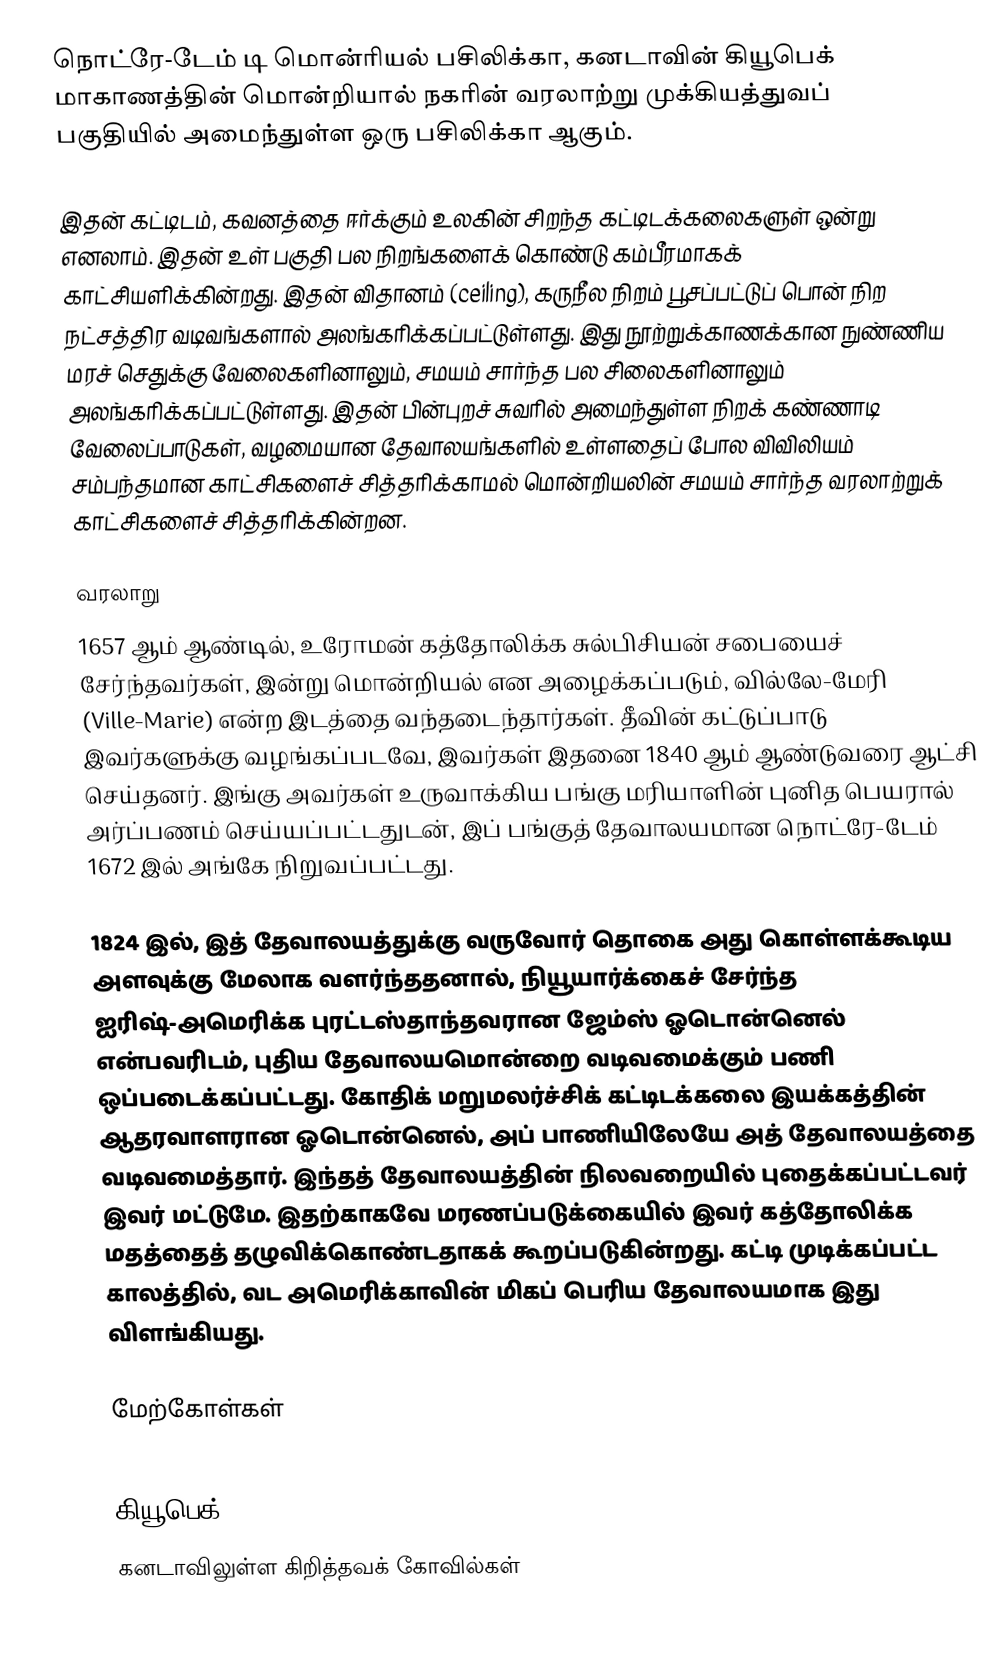
நொட்ரே-டேம் டி மொன்ரியல் பசிலிக்கா, கனடாவின் கியூபெக் மாகாணத்தின் மொன்றியால் நகரின் வரலாற்று முக்கியத்துவப் பகுதியில் அமைந்துள்ள ஒரு பசிலிக்கா ஆகும்.

இதன் கட்டிடம், கவனத்தை ஈர்க்கும் உலகின் சிறந்த கட்டிடக்கலைகளுள் ஒன்று எனலாம். இதன் உள் பகுதி பல நிறங்களைக் கொண்டு கம்பீரமாகக் காட்சியளிக்கின்றது. இதன் விதானம் (ceiling), கருநீல நிறம் பூசப்பட்டுப் பொன் நிற நட்சத்திர வடிவங்களால் அலங்கரிக்கப்பட்டுள்ளது. இது நூற்றுக்காணக்கான நுண்ணிய மரச் செதுக்கு வேலைகளினாலும், சமயம் சார்ந்த பல சிலைகளினாலும் அலங்கரிக்கப்பட்டுள்ளது. இதன் பின்புறச் சுவரில் அமைந்துள்ள நிறக் கண்ணாடி வேலைப்பாடுகள், வழமையான தேவாலயங்களில் உள்ளதைப் போல விவிலியம் சம்பந்தமான காட்சிகளைச் சித்தரிக்காமல் மொன்றியலின் சமயம் சார்ந்த வரலாற்றுக் காட்சிகளைச் சித்தரிக்கின்றன.

வரலாறு
1657 ஆம் ஆண்டில், உரோமன் கத்தோலிக்க சுல்பிசியன் சபையைச் சேர்ந்தவர்கள், இன்று மொன்றியல் என அழைக்கப்படும், வில்லே-மேரி (Ville-Marie) என்ற இடத்தை வந்தடைந்தார்கள். தீவின் கட்டுப்பாடு இவர்களுக்கு வழங்கப்படவே, இவர்கள் இதனை 1840 ஆம் ஆண்டுவரை ஆட்சி செய்தனர். இங்கு அவர்கள் உருவாக்கிய பங்கு மரியாளின் புனித பெயரால் அர்ப்பணம் செய்யப்பட்டதுடன், இப் பங்குத் தேவாலயமான நொட்ரே-டேம் 1672 இல் அங்கே நிறுவப்பட்டது.

1824 இல், இத் தேவாலயத்துக்கு வருவோர் தொகை அது கொள்ளக்கூடிய அளவுக்கு மேலாக வளர்ந்ததனால், நியூயார்க்கைச் சேர்ந்த ஐரிஷ்-அமெரிக்க புரட்டஸ்தாந்தவரான ஜேம்ஸ் ஓடொன்னெல் என்பவரிடம், புதிய தேவாலயமொன்றை வடிவமைக்கும் பணி ஒப்படைக்கப்பட்டது. கோதிக் மறுமலர்ச்சிக் கட்டிடக்கலை இயக்கத்தின் ஆதரவாளரான ஓடொன்னெல், அப் பாணியிலேயே அத் தேவாலயத்தை வடிவமைத்தார். இந்தத் தேவாலயத்தின் நிலவறையில் புதைக்கப்பட்டவர் இவர் மட்டுமே. இதற்காகவே மரணப்படுக்கையில் இவர் கத்தோலிக்க மதத்தைத் தழுவிக்கொண்டதாகக் கூறப்படுகின்றது. கட்டி முடிக்கப்பட்ட காலத்தில், வட அமெரிக்காவின் மிகப் பெரிய தேவாலயமாக இது விளங்கியது.

மேற்கோள்கள்

கியூபெக்
கனடாவிலுள்ள கிறித்தவக் கோவில்கள்